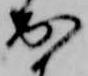
出